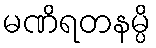
မဏိရတနမ္ပိ